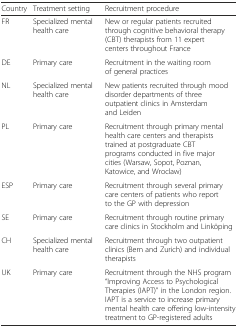
<table><thead><tr><td><b>Country</b></td><td><b>Treatment setting</b></td><td><b>Recruitment procedure</b></td></tr></thead><tbody><tr><td>FR</td><td>Specialized mental health care</td><td>New or regular patients recruited through cognitive behavioral therapy (CBT) therapists from 11 expert centers throughout France</td></tr><tr><td>DE</td><td>Primary care</td><td>Recruitment in the waiting room of general practices</td></tr><tr><td>NL</td><td>Specialized mental health care</td><td>New patients recruited through mood disorder departments of three outpatient clinics in Amsterdam and Leiden</td></tr><tr><td>PL</td><td>Primary care</td><td>Recruitment through primary mental health care centers and therapists trained at postgraduate CBT programs conducted in five major cities (Warsaw, Sopot, Poznan, Katowice, and Wroclaw)</td></tr><tr><td>ESP</td><td>Primary care</td><td>Recruitment through several primary care centers of patients who report to the GP with depression</td></tr><tr><td>SE</td><td>Primary care</td><td>Recruitment through routine primary care clinics in Stockholm and Linköping</td></tr><tr><td>CH</td><td>Specialized mental health care</td><td>Recruitment through two outpatient clinics (Bern and Zurich) and individual therapists</td></tr><tr><td>UK</td><td>Primary care</td><td>Recruitment through the NHS program “Improving Access to Psychological Therapies (IAPT)” in the London region. IAPT is a service to increase primary mental health care offering low-intensity treatment to GP-registered adults</td></tr></tbody></table>